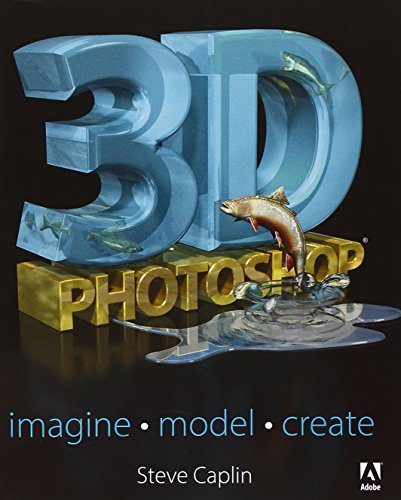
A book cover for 3D Photoshop: Imagine. Model. Create.; Steve Caplin; Computers & Technology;